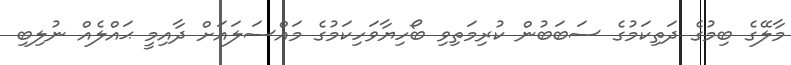
މާލޭގެ ބިމުގެ ދަތިކަމުގެ ސަބަބުން ކުރިމަތިވި ބޯހިޔާވަހިކަމުގެ މައްސަލައަށް ދާއިމީ ޙައްލެއް ނުލިބި